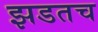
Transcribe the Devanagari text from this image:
झडतच